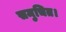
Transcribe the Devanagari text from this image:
समुचित।